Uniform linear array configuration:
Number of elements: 48
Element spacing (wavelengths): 1
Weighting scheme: hann
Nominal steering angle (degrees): -15
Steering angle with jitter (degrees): -16.764
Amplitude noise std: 0.05
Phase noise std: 0.05

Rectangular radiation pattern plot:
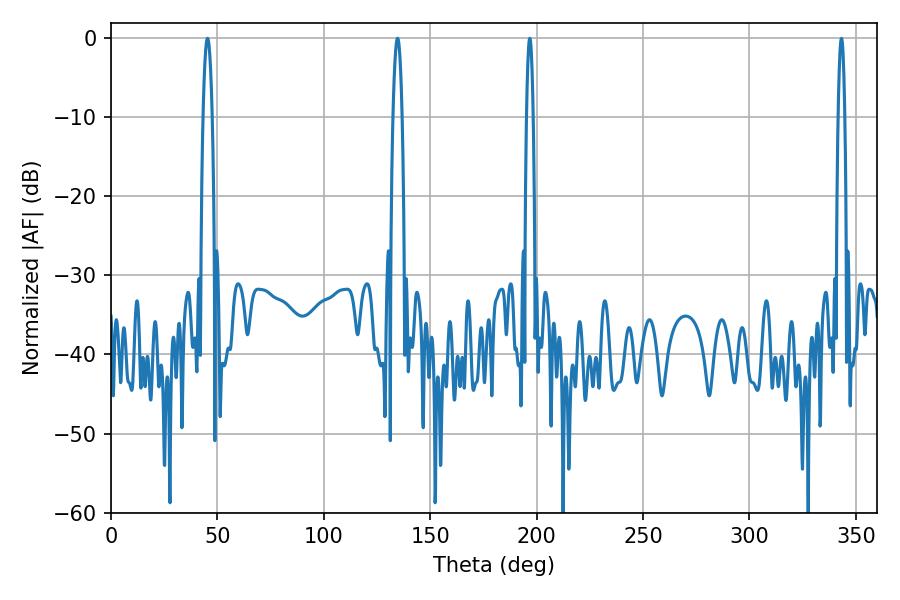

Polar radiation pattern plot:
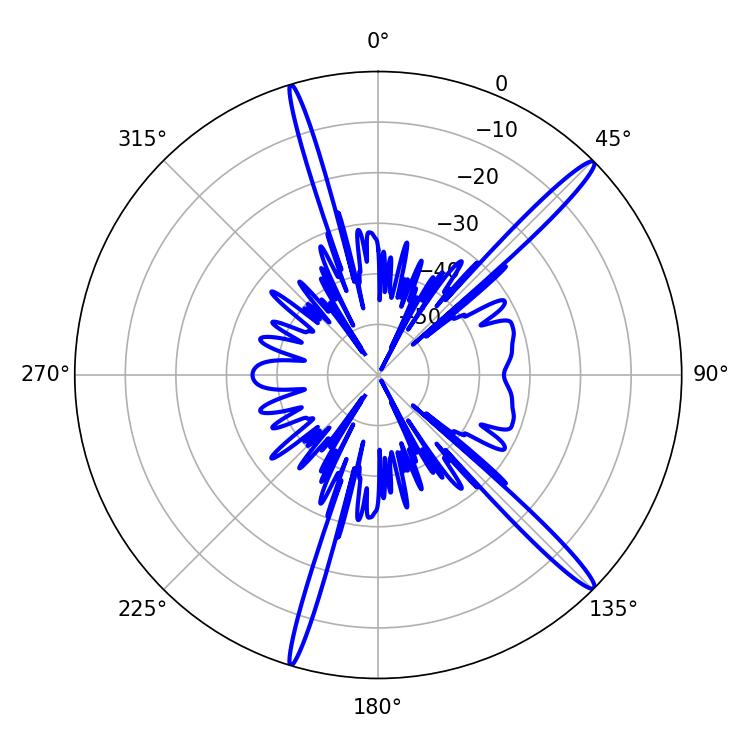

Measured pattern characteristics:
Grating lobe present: TRUE
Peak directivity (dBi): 16.422
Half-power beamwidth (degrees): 2.16
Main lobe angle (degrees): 45.36